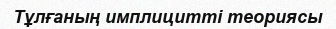
Тұлғаның имплицитті теориясы